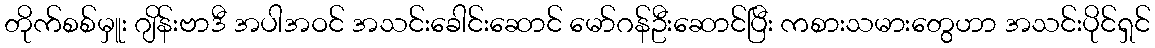
တိုက်စစ်မှူး ဂျိန်းဗာဒီ အပါအဝင် အသင်းခေါင်းဆောင် မော်ဂန်ဦးဆောင်ပြီး ကစားသမားတွေဟာ အသင်းပိုင်ရှင်